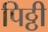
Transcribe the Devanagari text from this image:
पिठ्ठी